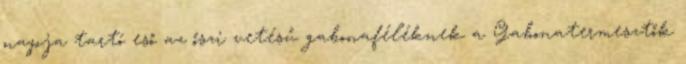
napja tartó eső az őszi vetésű gabonaféléknek a Gabonatermesztők